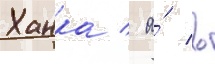
Ханка / а́ в